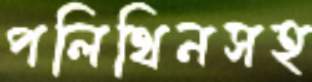
পলিথিনসহ